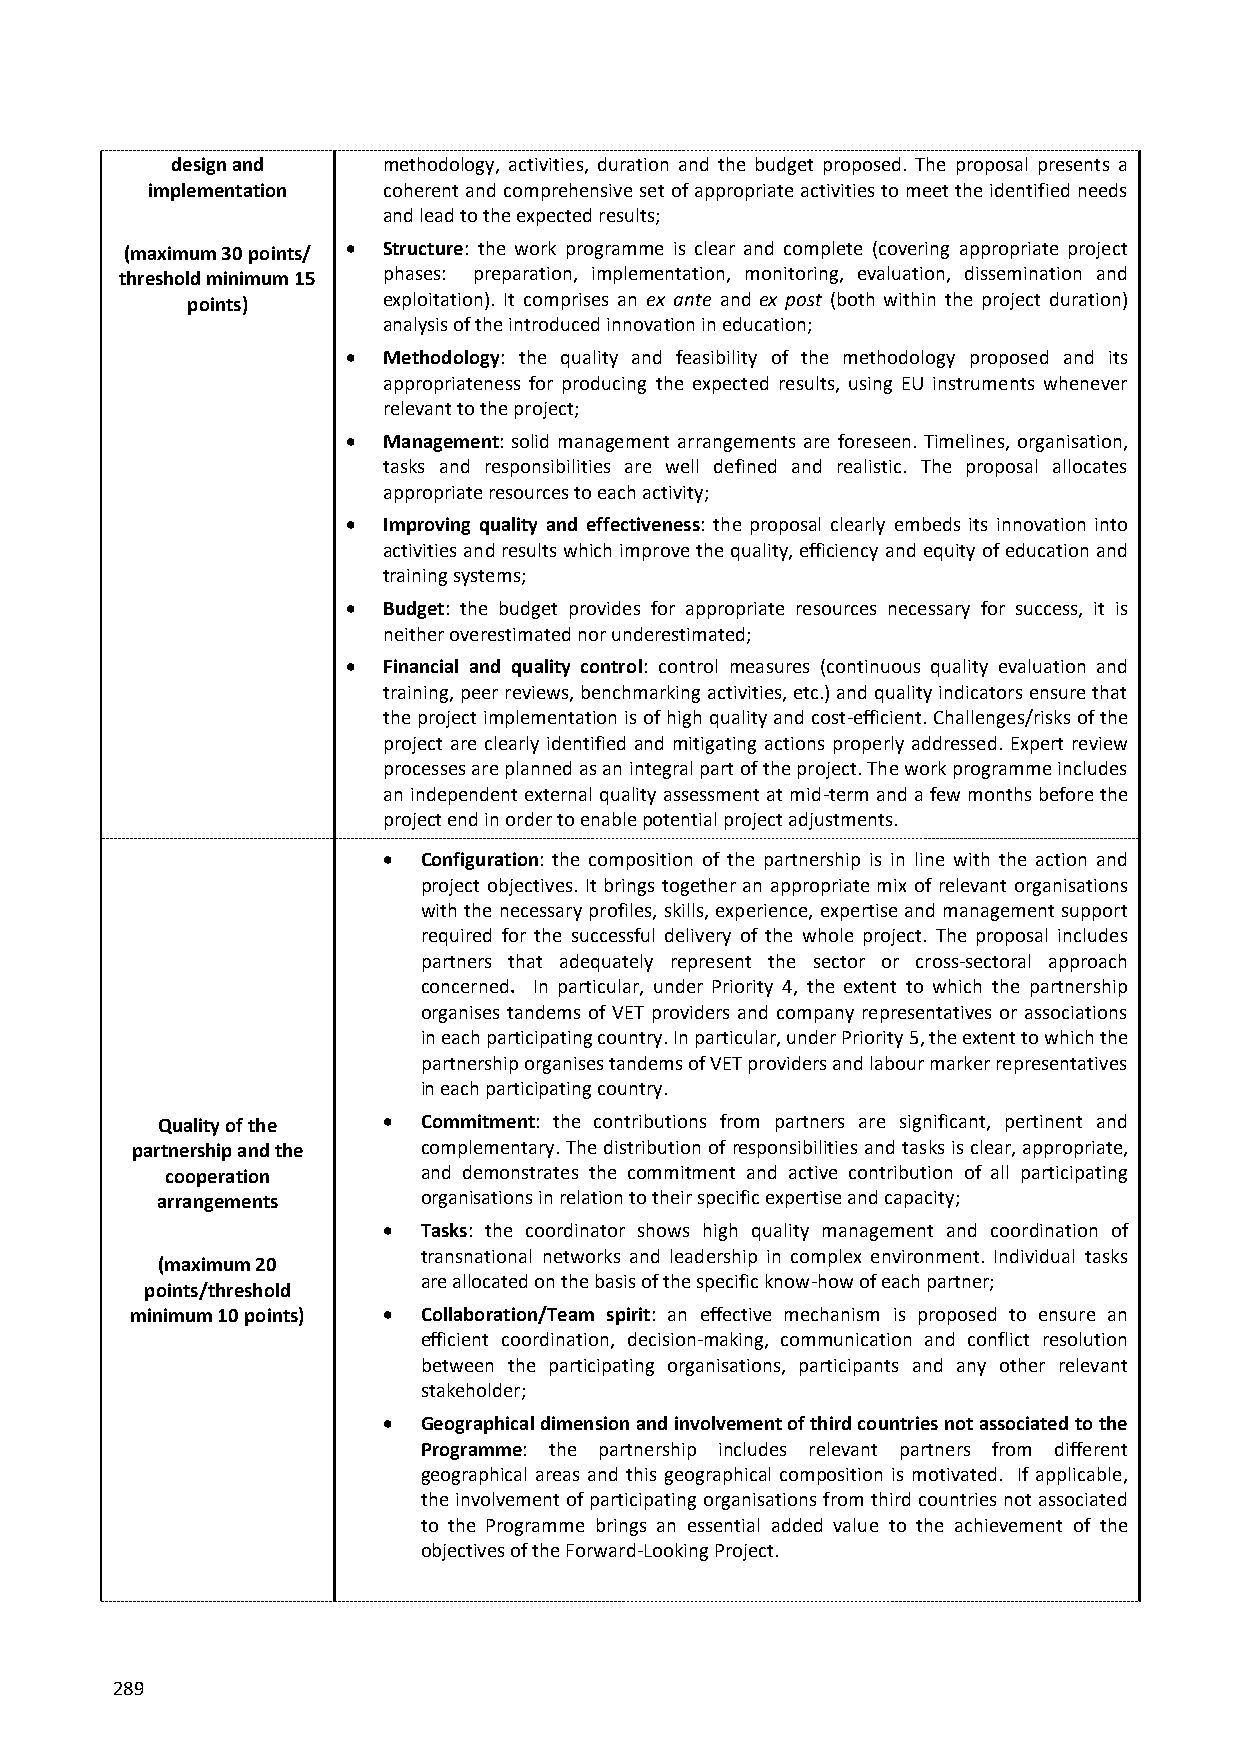
design and    methodology, activities, duration and the budget proposed. The proposal presents a
 implementation coherent and comprehensive set of appropriate activities to meet the identified needs
 and lead to the expected results;
 (maximum 30 points/  Structure: the work programme is clear and complete (covering appropriate project
 threshold minimum 15 phases: preparation, implementation, monitoring, evaluation, dissemination and
 points)      exploitation). It comprises an ex ante and ex post (both within the project duration)
 analysis of the introduced innovation in education;
  Methodology: the quality and feasibility of the methodology proposed and its
 appropriateness for producing the expected results, using EU instruments whenever
 relevant to the project;
  Management: solid management arrangements are foreseen. Timelines, organisation,
 tasks and responsibilities are well defined and realistic. The proposal allocates
 appropriate resources to each activity;
  Improving quality and effectiveness: the proposal clearly embeds its innovation into
 activities and results which improve the quality, efficiency and equity of education and
 training systems;
  Budget: the budget provides for appropriate resources necessary for success, it is
 neither overestimated nor underestimated;
  Financial and quality control: control measures (continuous quality evaluation and
 training, peer reviews, benchmarking activities, etc.) and quality indicators ensure that
 the project implementation is of high quality and cost-efficient. Challenges/risks of the
 project are clearly identified and mitigating actions properly addressed. Expert review
 processes are planned as an integral part of the project. The work programme includes
 an independent external quality assessment at mid-term and a few months before the
 project end in order to enable potential project adjustments.
   Configuration: the composition of the partnership is in line with the action and
 project objectives. It brings together an appropriate mix of relevant organisations
 with the necessary profiles, skills, experience, expertise and management support
 required for the successful delivery of the whole project. The proposal includes
 partners that adequately represent the sector or cross-sectoral approach
 concerned. In particular, under Priority 4, the extent to which the partnership
 organises tandems of VET providers and company representatives or associations
 in each participating country. In particular, under Priority 5, the extent to which the
 partnership organises tandems of VET providers and labour marker representatives
 in each participating country.
 Quality of the   Commitment: the contributions from partners are significant, pertinent and
 partnership and the complementary. The distribution of responsibilities and tasks is clear, appropriate,
 cooperation      and demonstrates the commitment and active contribution of all participating
 arrangements      organisations in relation to their specific expertise and capacity;
   Tasks: the coordinator shows high quality management and coordination of
 transnational networks and leadership in complex environment. Individual tasks
 (maximum 20
 are allocated on the basis of the specific know-how of each partner;
 points/threshold
 minimum 10 points)  Collaboration/Team spirit: an effective mechanism is proposed to ensure an
 efficient coordination, decision-making, communication and conflict resolution
 between the participating organisations, participants and any other relevant
 stakeholder;
   Geographical dimension and involvement of third countries not associated to the
 Programme: the partnership includes relevant partners from different
 geographical areas and this geographical composition is motivated. If applicable,
 the involvement of participating organisations from third countries not associated
 to the Programme brings an essential added value to the achievement of the
 objectives of the Forward-Looking Project.
 289